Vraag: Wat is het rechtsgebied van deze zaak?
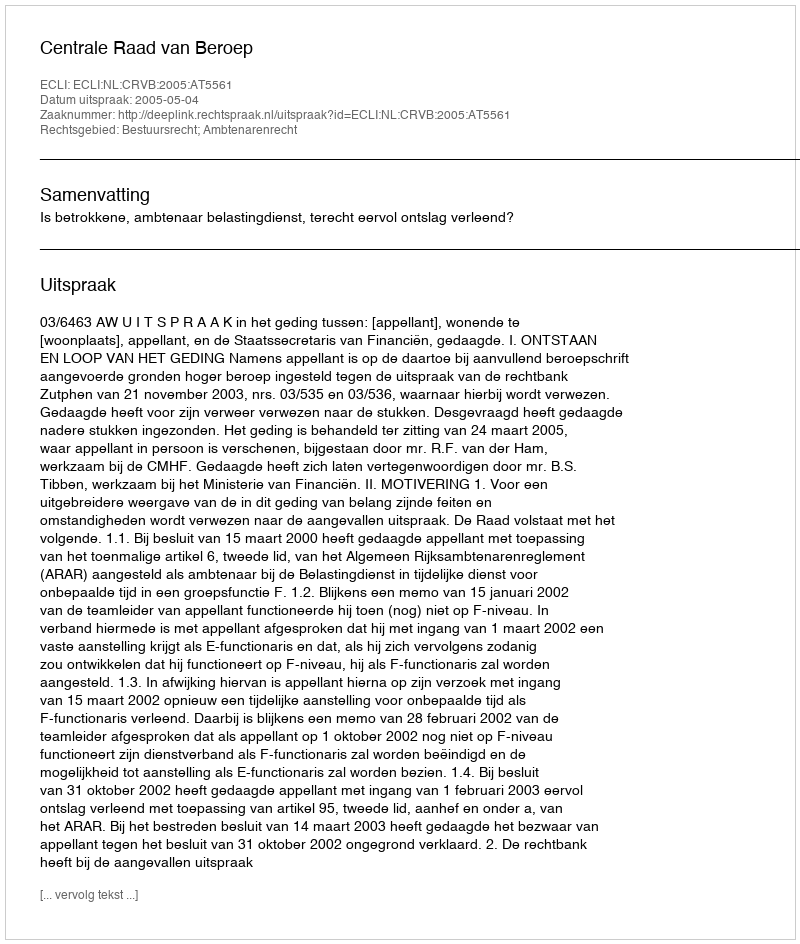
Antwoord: Bestuursrecht; Ambtenarenrecht